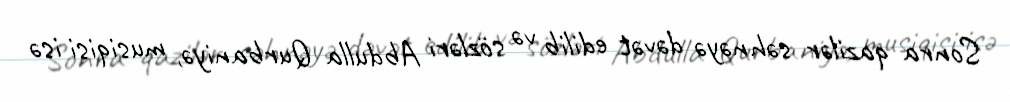
Sonra qazilər səhnəyə dəvət edilib və sözləri Abdulla Qurbaniyə, musiqisi isə